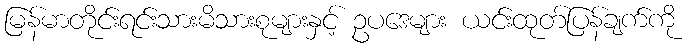
မြန်မာတိုင်းရင်းသားမိသားစုများနှင့် ဥပဒေများ ယင်းထုတ်ပြန်ချက်ကို